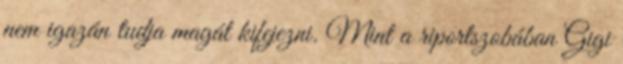
nem igazán tudja magát kifejezni. Mint a riportszobában Gigi